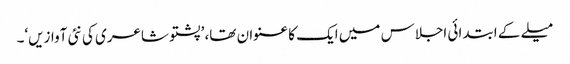
میلے کے ابتدائی اجلاس میں ایک کا عنوان تھا، ’پشتو شاعری کی نئی آوازیں‘۔